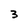
Character: 3